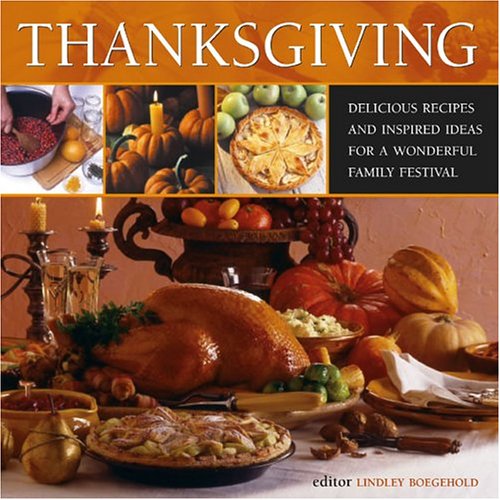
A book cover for Thanksgiving; Lindley Boegehold; Cookbooks, Food & Wine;